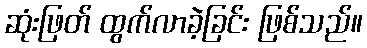
ဆုံးဖြတ် ထွက်လာခဲ့ခြင်း ဖြစ်သည်။